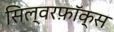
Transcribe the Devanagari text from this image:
सिल्वरफ़ॉक्स